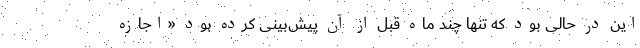
این در حالی بود که تنها چند ماه قبل از آن پیش‌بینی کرده بود «اجازه